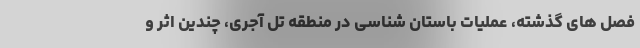
فصل های گذشته، عملیات باستان شناسی در منطقه تل آجری، چندین اثر و